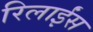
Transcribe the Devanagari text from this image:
रिलाईंस